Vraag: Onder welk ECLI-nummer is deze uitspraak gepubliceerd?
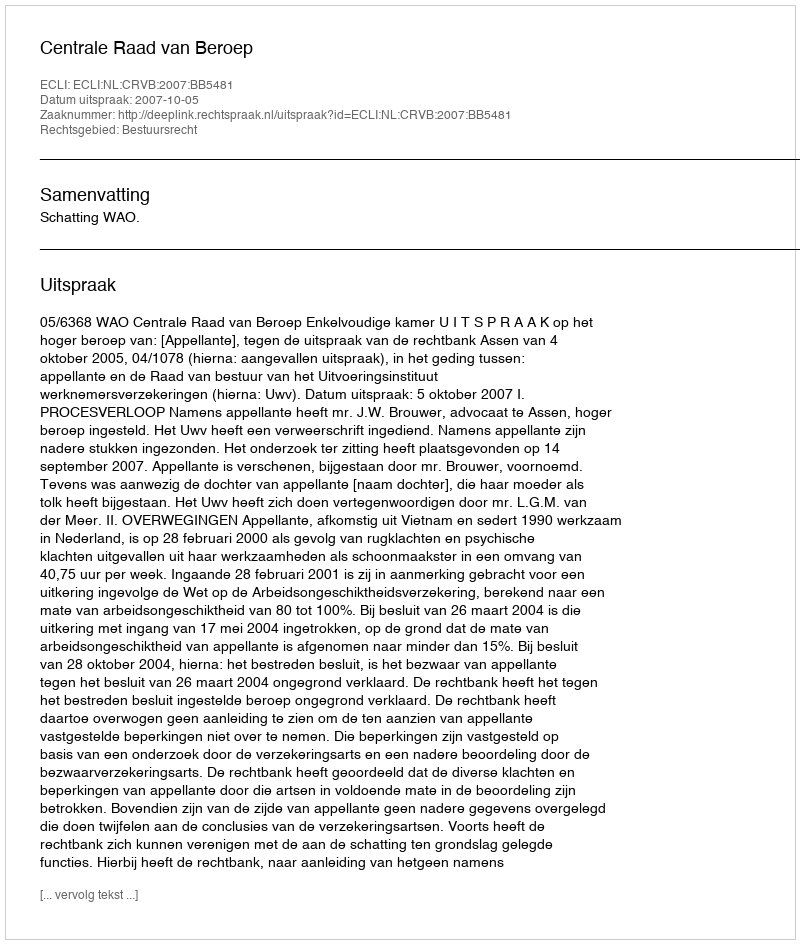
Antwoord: ECLI:NL:CRVB:2007:BB5481